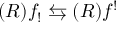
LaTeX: ( R ) f _ { ! } \leftrightarrows ( R ) f ^ { ! }